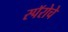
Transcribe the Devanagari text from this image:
स्पॅरोचे